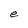
Character: e